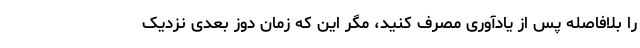
را بلافاصله پس از یادآوری مصرف کنید، مگر این که زمان دوز بعدی نزدیک